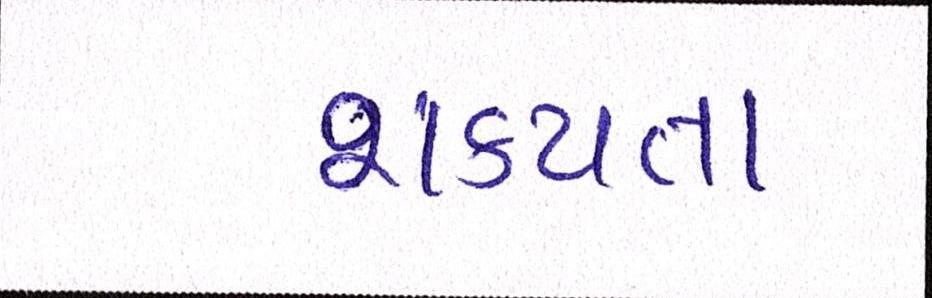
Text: શકયતા